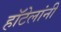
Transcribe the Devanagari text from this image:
हॉटेलांनी